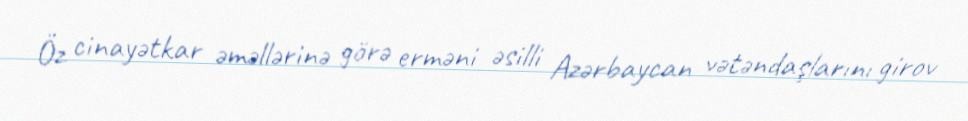
Öz cinayətkar əməllərinə görə erməni əsilli Azərbaycan vətəndaşlarını girov